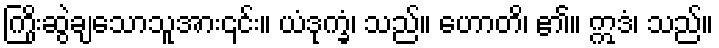
ကြိုးဆွဲချသောသူအား၎င်း။ ယံဒုက္ခံ၊ သည်။ ဟောတိ၊ ၏။ ဣဒံ၊ သည်။